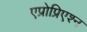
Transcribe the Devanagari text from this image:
एप्रोप्रिएश्न